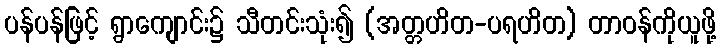
ပန်ပန်ဖြင့် ရွာကျောင်း၌ သီတင်းသုံး၍ (အတ္တဟိတ-ပရဟိတ) တာဝန်ကိုယူဖို့